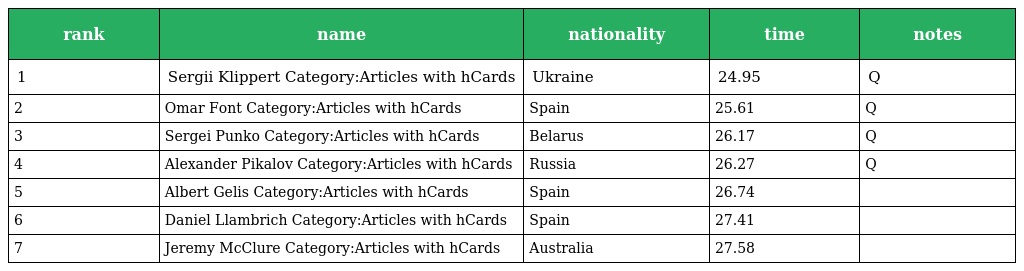
| rank | name | nationality | time | notes |
 | --- | --- | --- | --- | --- |
 | 1 | Sergii Klippert Category:Articles with hCards | Ukraine | 24.95 | Q |
 | 2 | Omar Font Category:Articles with hCards | Spain | 25.61 | Q |
 | 3 | Sergei Punko Category:Articles with hCards | Belarus | 26.17 | Q |
 | 4 | Alexander Pikalov Category:Articles with hCards | Russia | 26.27 | Q |
 | 5 | Albert Gelis Category:Articles with hCards | Spain | 26.74 |  |
 | 6 | Daniel Llambrich Category:Articles with hCards | Spain | 27.41 |  |
 | 7 | Jeremy McClure Category:Articles with hCards | Australia | 27.58 |  |